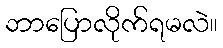
ဘာပြောလိုက်ရမလဲ။